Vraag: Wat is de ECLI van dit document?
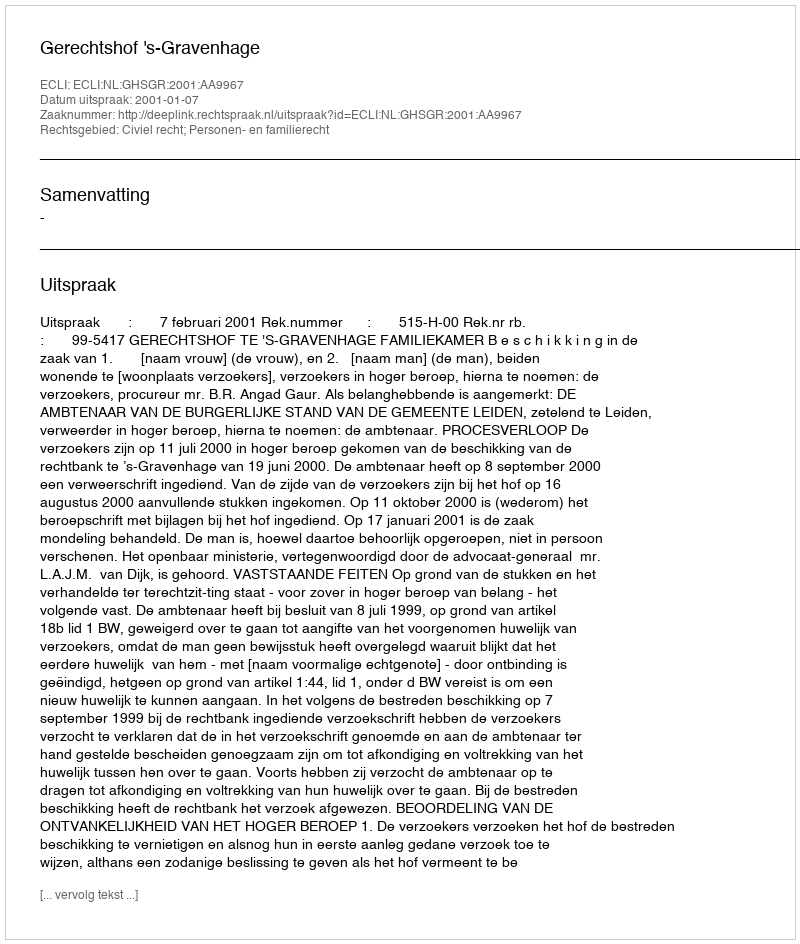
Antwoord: ECLI:NL:GHSGR:2001:AA9967